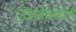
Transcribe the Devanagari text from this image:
उझबेकांचीही